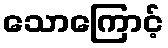
သောကြောင့်